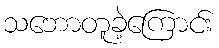
သဘောတူခဲ့ကြောင်း